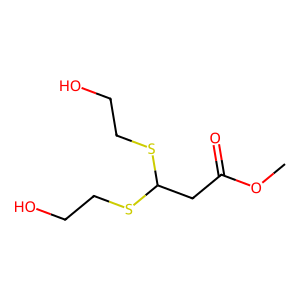
SMILES: COC(=O)CC(SCCO)SCCO
Inhibits HIV replication: No